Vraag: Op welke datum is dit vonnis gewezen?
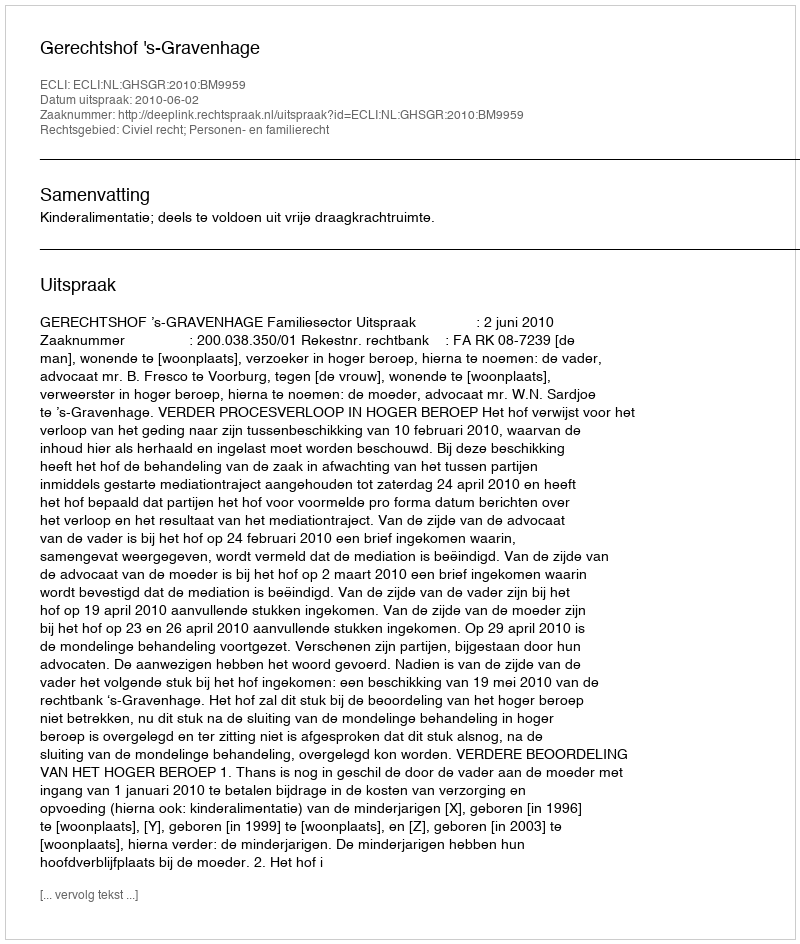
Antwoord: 2010-06-02